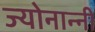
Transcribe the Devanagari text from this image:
ज्योनान्नी